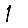
Digit: 1